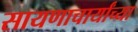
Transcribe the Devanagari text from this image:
सायणाचार्यांच्या